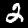
Label: 2